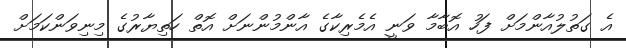
އެ ގަތުލުއާންމަށް ފަހު އޮބާމާ ވަނީ އެމެރިކާގެ އާންމުންނަށް އޮތް ހަތިޔާރުގެ މިނިވަންކަމަށް